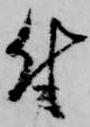
付